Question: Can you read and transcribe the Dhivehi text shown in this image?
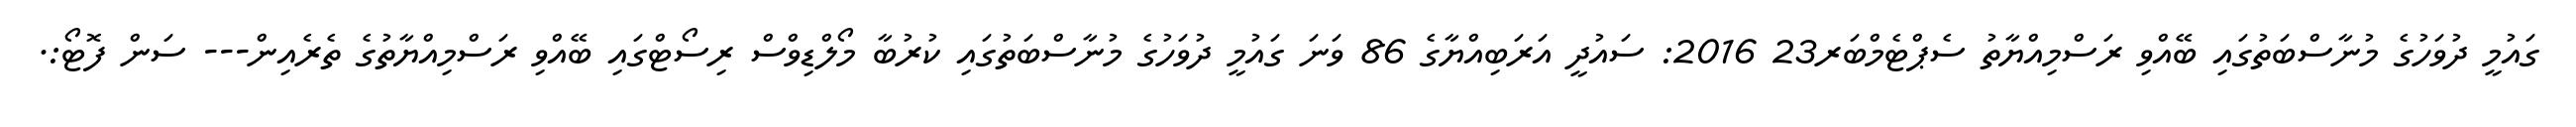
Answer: ގައުމީ ދުވަހުގެ މުނާސްބަތުގައި ބޭއްވި ރަސްމިއްޔާތު ސެޕްޓެމްބަރ23 2016: ސައުދީ އަރަބިއްޔާގެ 86 ވަނަ ގައުމީ ދުވަހުގެ މުނާސްބަތުގައި ކުރުބާ މޯލްޑިވްސް ރިސޯޓްގައި ބޭއްވި ރަސްމިއްޔާތުގެ ތެރެއިން--- ސަން ފޮޓޯ:.